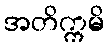
အတိက္ကမိ